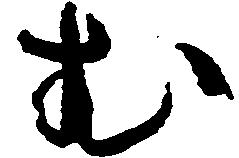
む